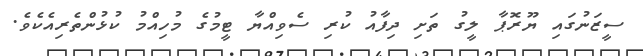
ސީޒަނުގައި ޔޫރޮޕާ ލީގު ތަށި ދިފާއު ކުރި ސެވިއްޔާ ޓީމުގެ މުހިއްމު ކުޅުންތެރިއެކެވެ.